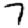
Digit: 7